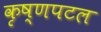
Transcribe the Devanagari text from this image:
कृष्णपटल